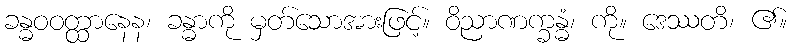
ခန္ဓဝဝတ္ထာနေန၊ ခန္ဓာကို မှတ်သောအားဖြင့်။ ဝိညာဏက္ခန္ဓံ၊ ကို။ ဒေဿတိ၊ ၏။